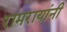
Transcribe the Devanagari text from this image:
रामरायांनी